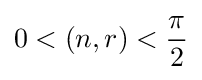
0<(n,r)<{\frac {\pi }{2}}